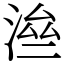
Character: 㴉